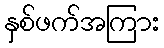
နှစ်ဖက်အကြား